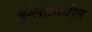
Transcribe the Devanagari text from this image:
इंग्लंटमधील